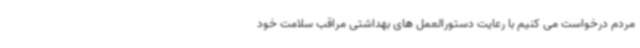
مردم درخواست می کنیم با رعایت دستورالعمل های بهداشتی مراقب سلامت خود